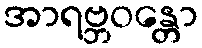
အာရဗ္ဘဝန္တော